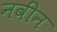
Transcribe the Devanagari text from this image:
नवींन